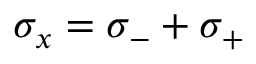
\sigma _ { x } = \sigma _ { - } + \sigma _ { + }